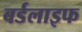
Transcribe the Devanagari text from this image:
बर्डलाइफ